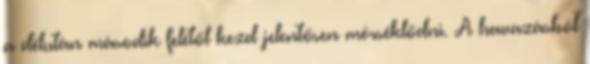
a délután második felétől kezd jelentősen mérséklődni. A havazásból